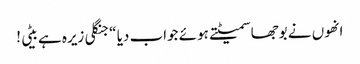
انھوں نے بوجھا سمیٹتے ہوئے جواب دیا “جنگلی زیرہ ہے بیٹی !